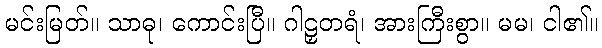
မင်းမြတ်။ သာဓု၊ ကောင်းပြီ။ ဂါဠှတရံ၊ အားကြီးစွာ။ မမ၊ ငါ၏။